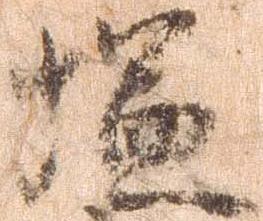
塩